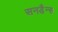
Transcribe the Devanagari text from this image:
सनडैन्स